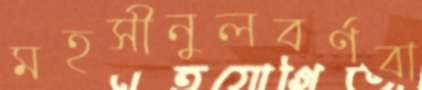
মহসীনুলবর্ণবা